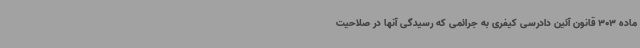
ماده 303 قانون آئین دادرسی کیفری به جرائمی که رسیدگی آنها در صلاحیت